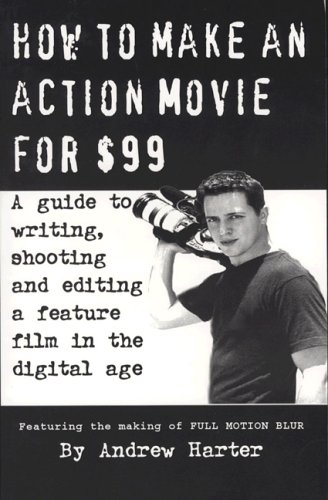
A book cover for How to Make an Action Movie for $99: A guide to writing, shooting and editing a feature film in the digital age; Andrew Mayne Harter; Humor & Entertainment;